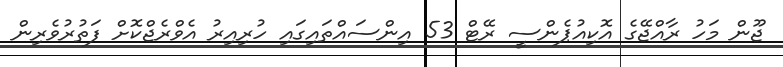
ޖޫން މަހު ރާއްޖޭގެ އޮކިއުޕެންސީ ރޭޓް 53 އިންސައްތައިގައި ހުރިއިރު އެވްރެޖްކޮށް ފަތުރުވެރިން